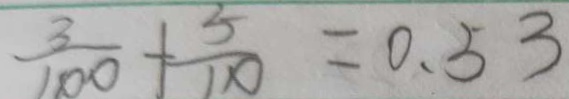
\frac { 3 } { 1 0 0 } + \frac { 5 } { 1 1 0 } = 0 . 5 3